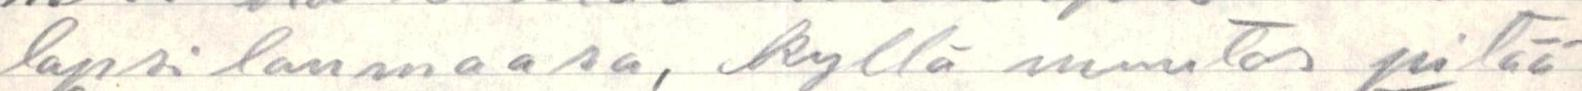
lapsilaumaansa, kyllä muutos pitää